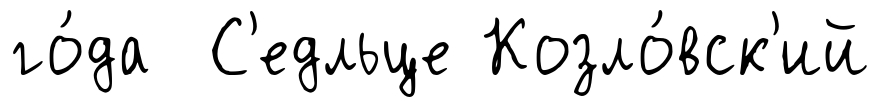
го́да С'едльце Козло́вск'ий